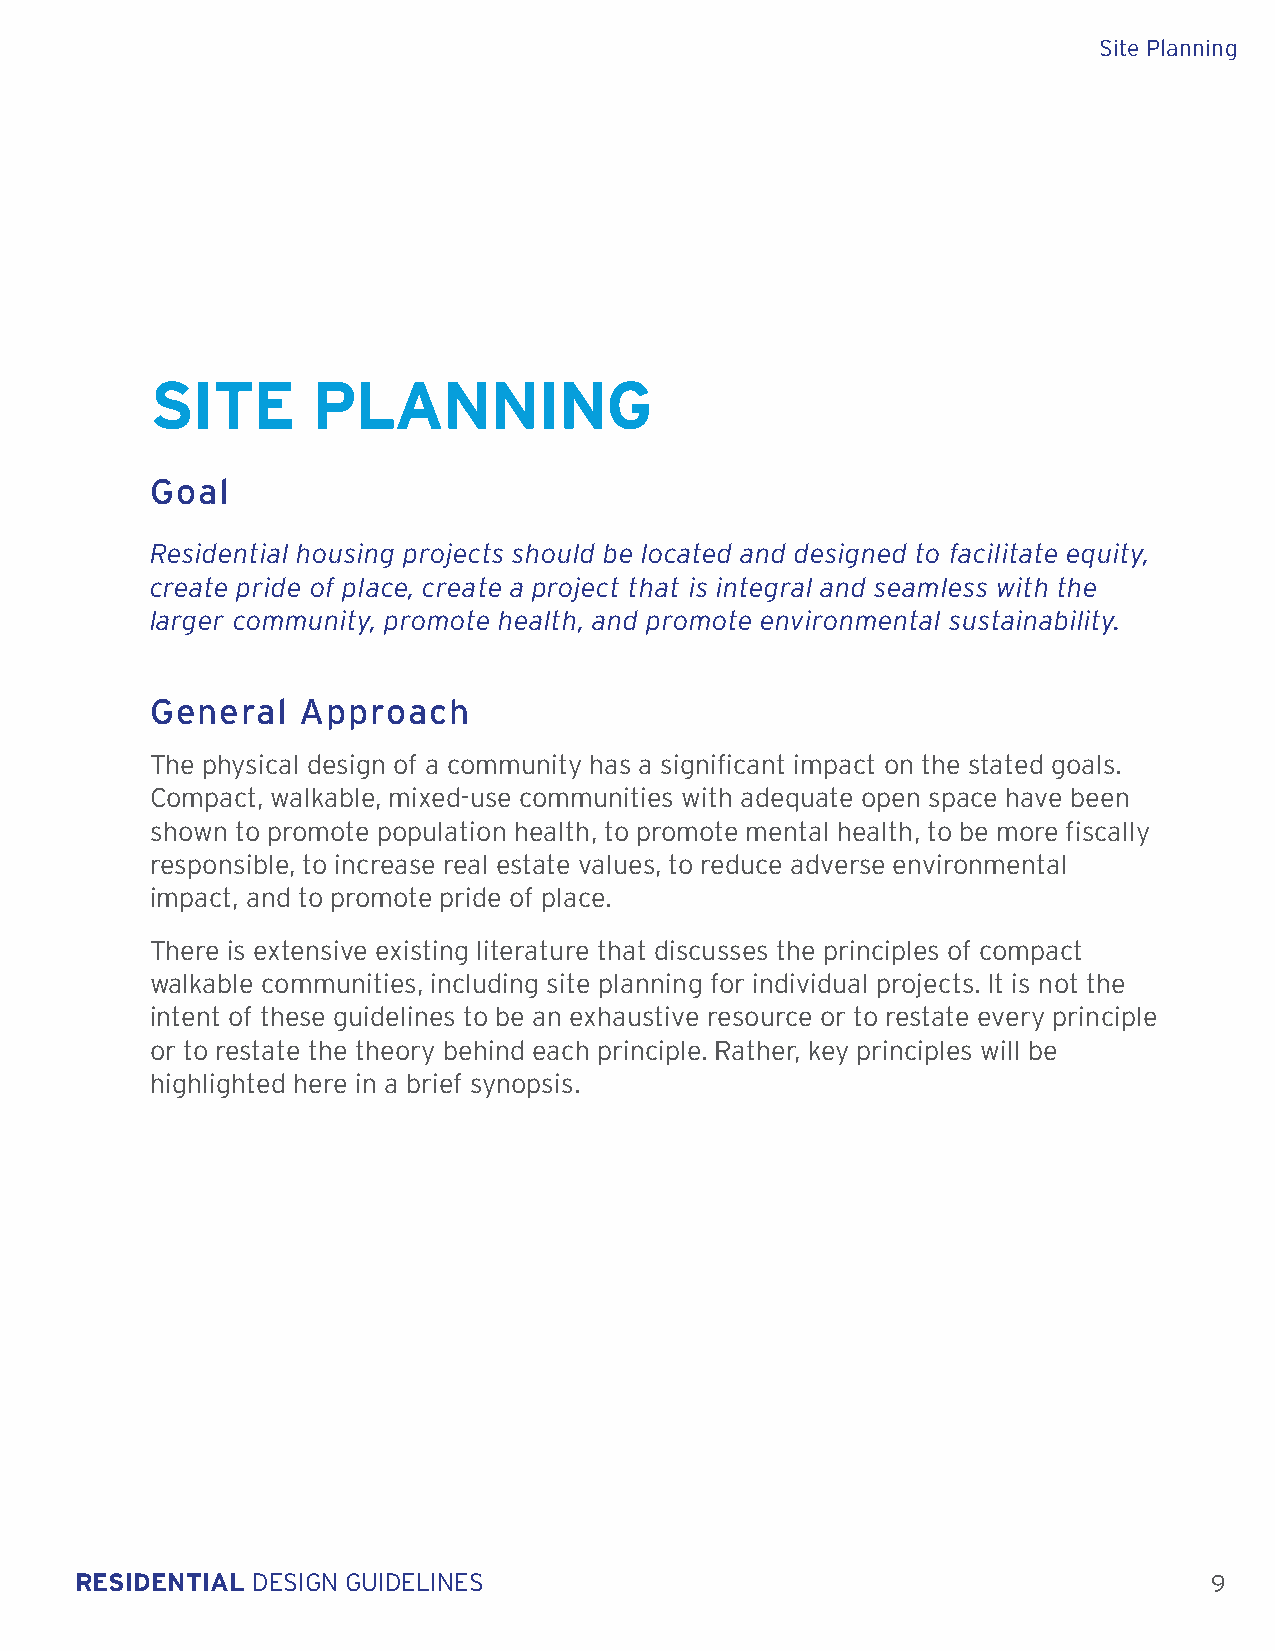
Site Planning
 SITE       PLANNING
 Goal
 Residential housing projects should be located and designed to facilitate equity,
 create pride of place, create a project that is integral and seamless with the
 larger community, promote health, and promote environmental sustainability.
 General   Approach
 The physical design of a community has a significant impact on the stated goals.
 Compact, walkable, mixed-use communities with adequate open space have been
 shown to promote population health, to promote mental health, to be more fiscally
 responsible, to increase real estate values, to reduce adverse environmental
 impact, and to promote pride of place.
 There is extensive existing literature that discusses the principles of compact
 walkable communities, including site planning for individual projects. It is not the
 intent of these guidelines to be an exhaustive resource or to restate every principle
 or to restate the theory behind each principle. Rather, key principles will be
 highlighted here in a brief synopsis.
 RESIDENTIAL DESIGN GUIDELINES                                              9